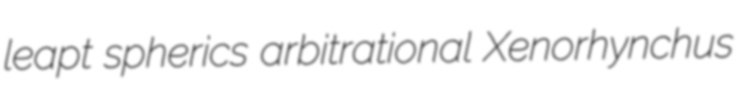
leapt spherics arbitrational Xenorhynchus